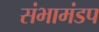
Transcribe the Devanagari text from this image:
संभामंडप